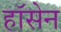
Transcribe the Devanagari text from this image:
हॉसेन